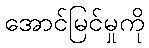
အောင်မြင်မှုကို